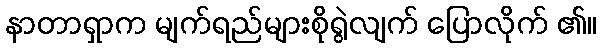
နာတာရှာက မျက်ရည်များစိုရွဲလျက် ပြောလိုက် ၏။